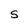
Character: S